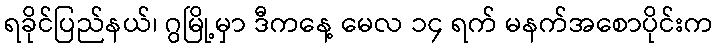
ရခိုင်ပြည်နယ်၊ ဂွမြို့မှာ ဒီကနေ့ မေလ ၁၄ ရက် မနက်အစောပိုင်းက